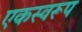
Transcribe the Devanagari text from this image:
एकस्वरूप